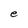
Character: e